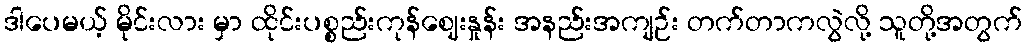
ဒါပေမယ့် မိုင်းလား မှာ ထိုင်းပစ္စည်းကုန်ဈေးနှုန်း အနည်းအကျဉ်း တက်တာကလွဲလို့ သူတို့အတွက်